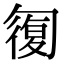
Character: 𠣾